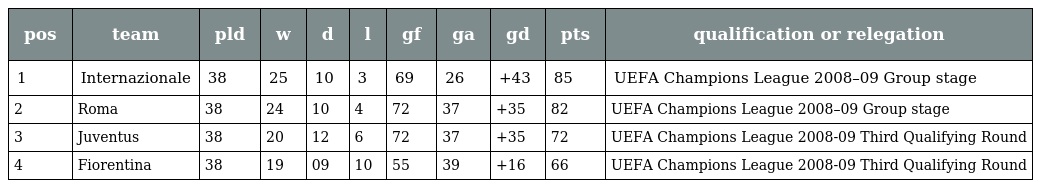
| pos | team | pld | w | d | l | gf | ga | gd | pts | qualification or relegation |
 | --- | --- | --- | --- | --- | --- | --- | --- | --- | --- | --- |
 | 1 | Internazionale | 38 | 25 | 10 | 3 | 69 | 26 | +43 | 85 | UEFA Champions League 2008–09 Group stage |
 | 2 | Roma | 38 | 24 | 10 | 4 | 72 | 37 | +35 | 82 | UEFA Champions League 2008–09 Group stage |
 | 3 | Juventus | 38 | 20 | 12 | 6 | 72 | 37 | +35 | 72 | UEFA Champions League 2008-09 Third Qualifying Round |
 | 4 | Fiorentina | 38 | 19 | 09 | 10 | 55 | 39 | +16 | 66 | UEFA Champions League 2008-09 Third Qualifying Round |